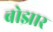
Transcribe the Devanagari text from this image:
बोझार